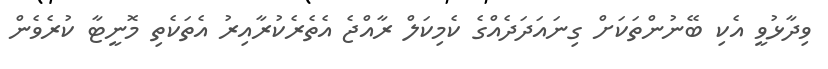
ވިދާޅުވީ އެކި ބޭނުންތަކަށް ގިނައަދަދެއްގެ ކެމިކަލް ރާއްޖެ އެތެރެކުރާއިރު އެތަކެތި މޮނީޓާ ކުރެވެން